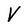
Character: V